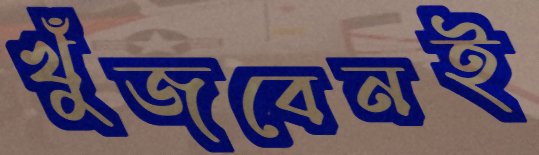
খুঁজবেনই